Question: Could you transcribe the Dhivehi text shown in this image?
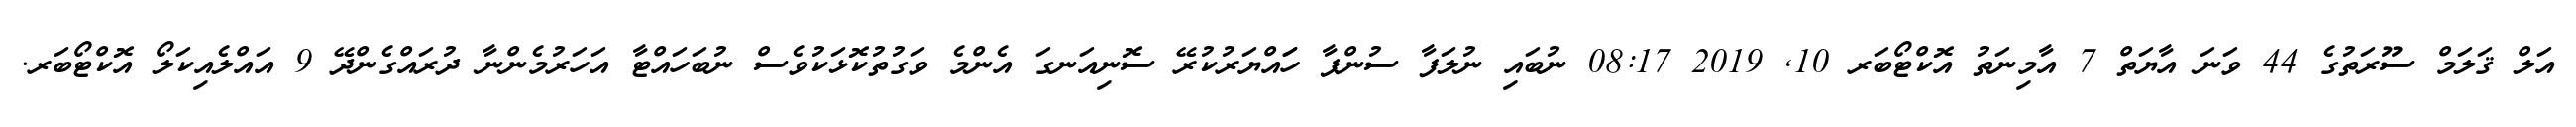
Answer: އަލް ޤަލަމް ސޫރަތުގެ 44 ވަނަ އާޔަތް 7 އާމިނަތު އޮކްޓޯބަރ 10, 2019 08:17 ނުބައި ނުލަފާ ސުންޕާ ހަައްޔަރުކުރޭ ސޮނިއަނގަ އެންމެ ވަގުތުކޮޅަކުވެސް ނުބަހައްޓާ އަހަރުމެންނާ ދުރައްގެންދޭ 9 އައްލެއިކަލޯ އޮކްޓޯބަރ.